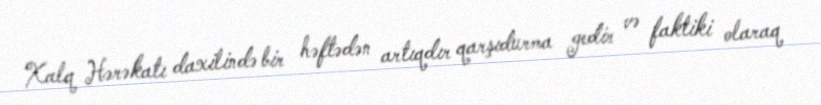
Xalq Hərəkatı daxilində bir həftədən artıqdır qarşıdurma gedir və faktiki olaraq